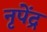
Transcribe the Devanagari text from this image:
नृपेंद्र